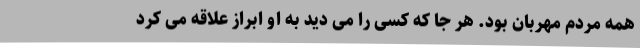
همه مردم مهربان بود. هر جا که کسی را می دید به او ابراز علاقه می کرد